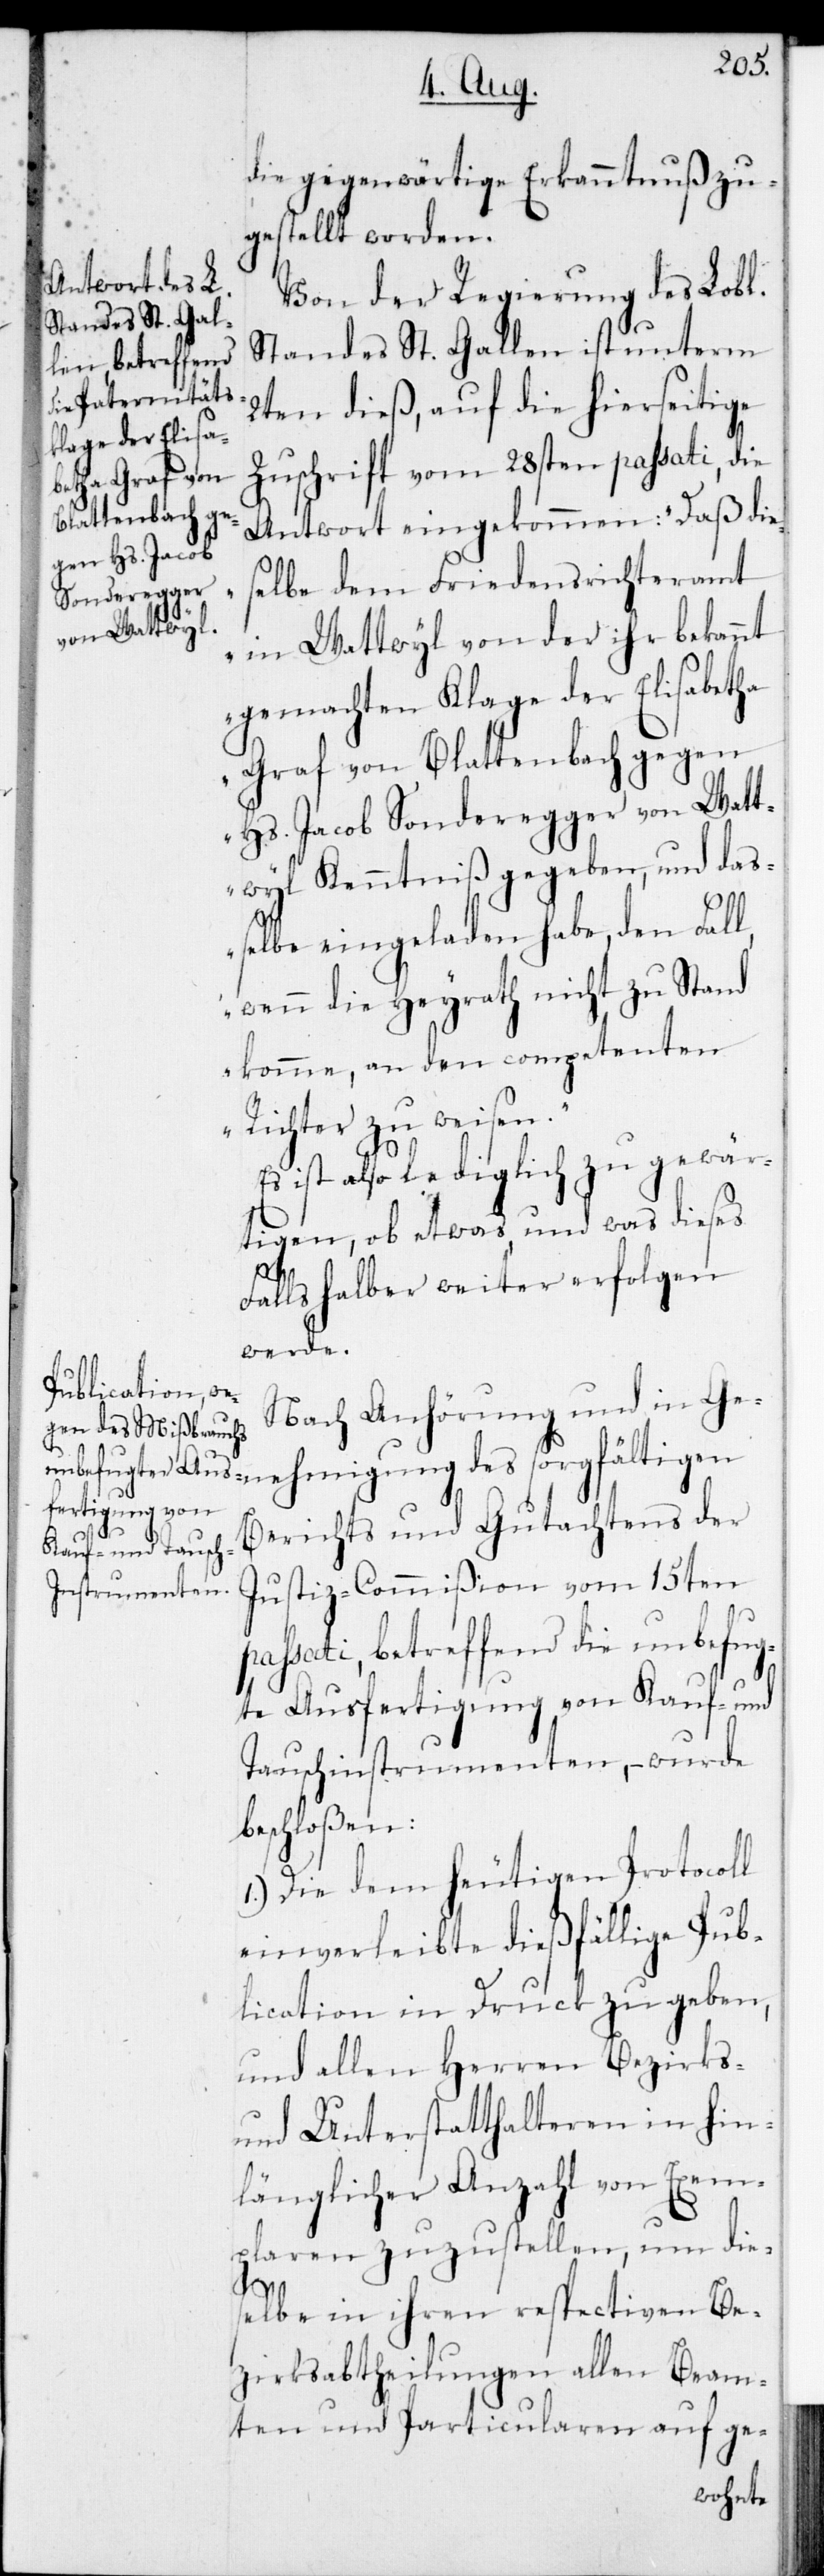
die gegenwärtige Erkanntnuß zu¬
gestellt worden.
Von der Regierung des Lob[l¬
Standes St. Gallen ist unterm
2ten dieß, auf die hierseitige
Zuschrift vom 28sten passati, die
Antwort eingekommen: „Daß die¬
selbe dem Friedensrichteramt
ichen]
in Wattwyl von der ihr bekannt
gemachten Klage der Elisabetha
Graf von Blattenbach gegen
Hs. Jacob Sonderegger von Watt¬
wyl Kenntniß gegeben, und da¬
ßelbe eingeladen habe, den Fall,
wenn die Heyrath nicht zu Stand
komme, an den competenten
Richter zu weisen.“
Es ist also lediglich zu gewär¬
tigen, ob etwas und was dieses
Falls halber weiter erfolgen
werde.
Nach Anhörung und in Ge¬
nehmigung des sorgfältigen
Berichts und Gutachtens der
Justiz-Commißion vom 15ten
passati, betreffend die unbefug¬
te Ausfertigung von Kauf- und
Tauschinstrumenten, – wurde
beschloßen:
1.) Die dem heutigen Protocoll
einverleibte dießfällige Pub¬
lication in Druck zu geben,
und allen Herren Bezirks-
und Unterstatthalteren in hin¬
länglicher Anzahl von Exem¬
plaren zuzustellen, um die¬
selbe in ihren respectiven Be¬
zirksabtheilungen allen Beam¬
ten und Particularen auf ge-